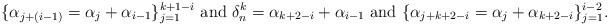
LaTeX: \begin{align*} \{\alpha_{j+(i-1)}= \alpha_j+\alpha_{i-1}\}_{j=1}^{k+1-i} \ \mbox{and} \ \delta_{n}^k=\alpha_{k+2-i}+\alpha_{i-1} \ \mbox{and} \ \{\alpha_{j+k+2-i} = \alpha_{j} + \alpha_{k+2-i} \}_{j=1}^{i-2}. \end{align*}